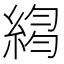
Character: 𦁮